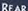
READ